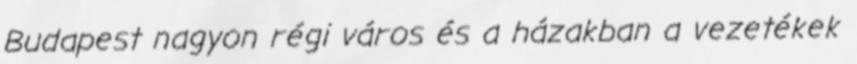
Budapest nagyon régi város és a házakban a vezetékek